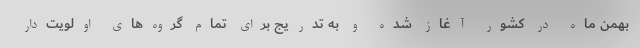
بهمن ماه در کشور آغاز شده و به تدریج برای تمام گروه‌های اولویت‌دار